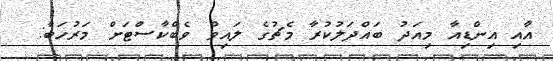
އާއި އިންޑިއާ މިއަދު ބައްދަލުކުރާ މެޗުގެ ލައިވް ވެބްކާސްޓަށް މަރުހަބާ: